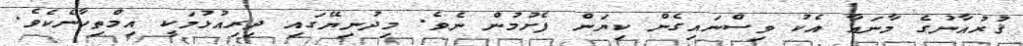
ޤުރުއާނުގެ މާނައާ އެކު ވިސްނައިގެން ކިޔަން ފެށުމުން ނެވެ. މިދުނިޔޭގައި ދިރިއުޅުމަކީ އިމްތިހާނެކެވެ.